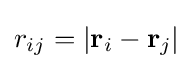
r_{ij}=|\mathbf {r} _{i}-\mathbf {r} _{j}|